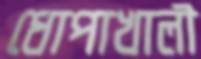
ধোপাখালী